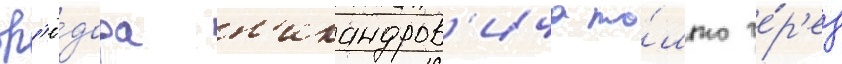
ф'ё́дора н'икандров'ича то́лько че́р'ез